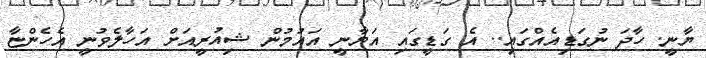
ޔާނީ. ހާދަ ނުގަޑިއެއްގައި.. އެ ގަޑީގައި އަޔާނީ އައުމުން ޝިއުރީއަށް އަހާލެވުނީ އެހެންޏާ